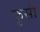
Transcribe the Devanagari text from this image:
कृसी